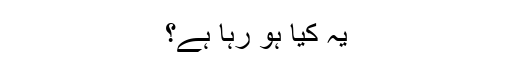
یہ کیا ہو رہا ہے؟